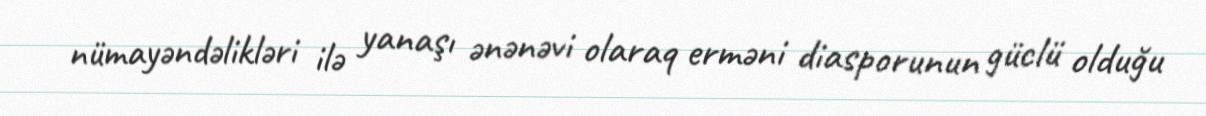
nümayəndəlikləri ilə yanaşı ənənəvi olaraq erməni diasporunun güclü olduğu